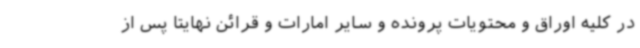
در کلیه اوراق و محتویات پرونده و سایر امارات و قرائن نهایتا پس از